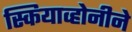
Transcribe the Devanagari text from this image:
स्कियाव्होनीने